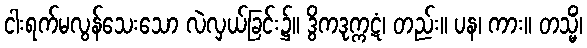
ငါးရက်မလွန်သေးသော လဲလှယ်ခြင်း၌။ ဒွိကဒုက္ကဋံ၊ တည်း။ ပန၊ ကား။ တသ္မိံ၊